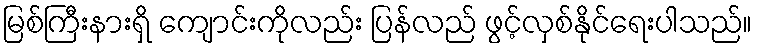
မြစ်ကြီးနားရှိ ကျောင်းကိုလည်း ပြန်လည် ဖွင့်လှစ်နိုင်ရေးပါသည်။